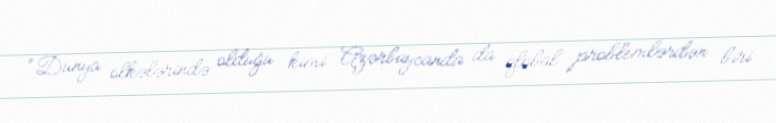
“Dünya ölkələrində olduğu kimi Azərbaycanda da qlobal problemlərdən biri